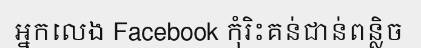
អ្នកលេង Facebook កុំរិះគន់ជាន់ពន្លិច